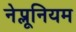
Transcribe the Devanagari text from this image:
नेप्लूनियम